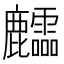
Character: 𪋶